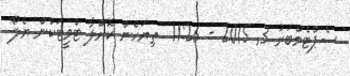
ސެޕްޓެމްބަރު 3